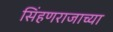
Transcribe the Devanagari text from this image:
सिंहणराजाच्या